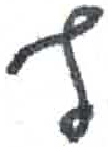
אות: ף